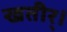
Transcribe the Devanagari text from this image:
खतीर्।